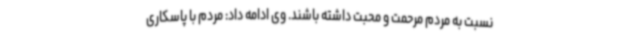
نسبت به مردم مرحمت و محبت داشته باشند. وی ادامه داد: مردم با پاسکاری